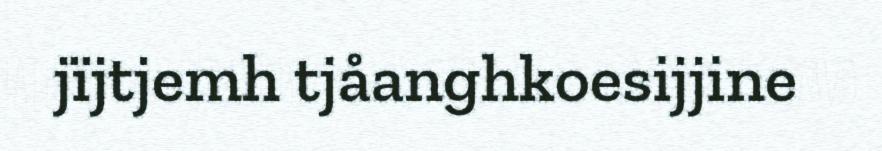
jïjtjemh tjåanghkoesijjine